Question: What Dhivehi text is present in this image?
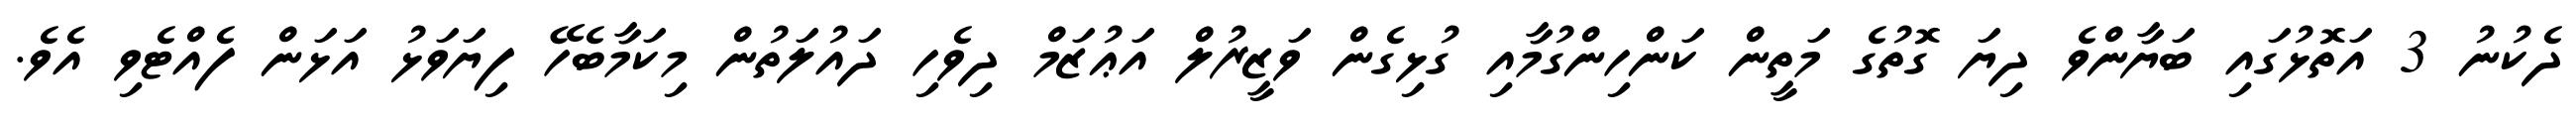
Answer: ދެކުނު 3 އަތޮޅުގައި ބަޔާންވެ ދިޔަ ގޮތުގެ މަތީން ކަންހިންގުމާއި ގުޅިގެން ވަޒީރުލް އަޢުޒަމް ދިވެހި ދައުލަތުން މިކަމާބެހޭ ފިޔަވަޅު އަޅަން ފެއްޓެވި އެވެ.